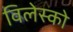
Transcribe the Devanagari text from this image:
विलेस्को